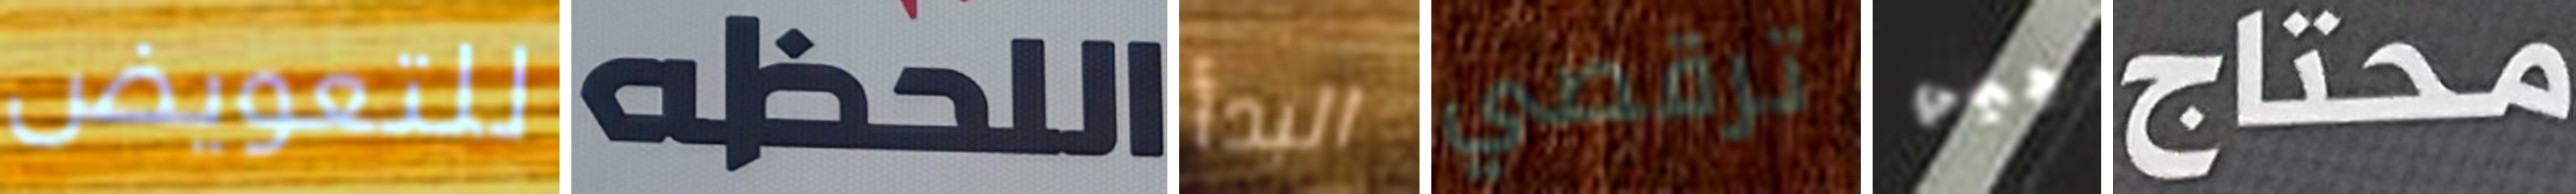
للتعويض اللحظه البدأ ترقصي جيمي محتاج